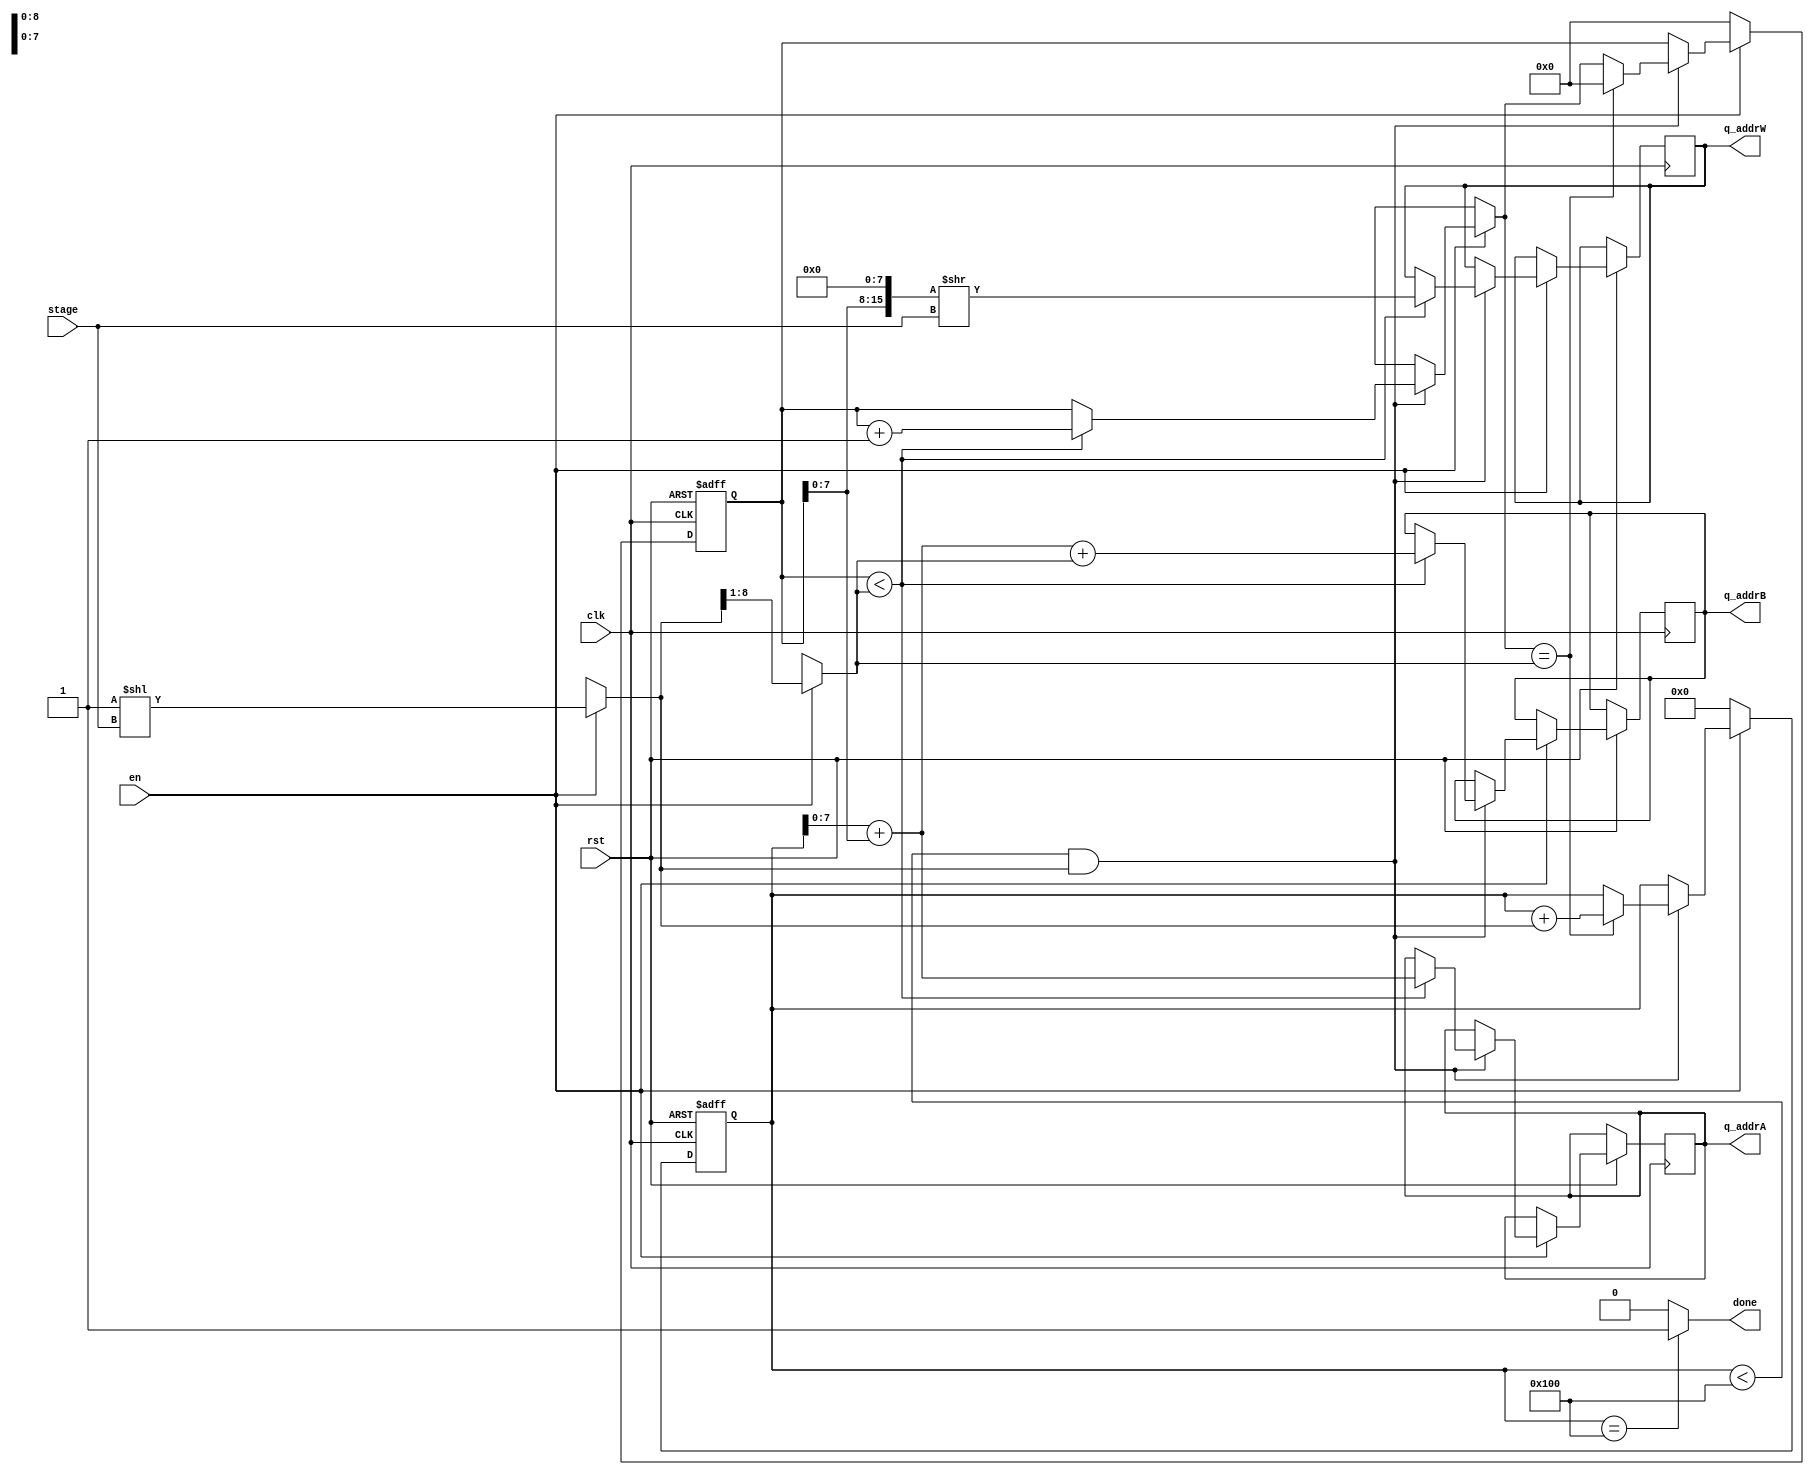
module gen_addr2(
	input clk,rst,en,
	input[3:0] stage,
	output done,
	output reg[7:0] q_addrA,q_addrB,q_addrW
);
	parameter N=9'd256;
	wire[8:0] BSep;
	wire[7:0] BWidth;
	reg[8:0] p;
	reg[15:0] j;
	
	always @(posedge clk or negedge rst)
	begin
		if (rst == 1'b0)
		begin
			p<=9'h0;
			j<=15'h0;
		end
		else
		begin	
			if(en == 1'b1)
			begin
				if(p<N && BSep)
				begin
					if(j<BWidth)
					begin
						q_addrA<=p+j;
						q_addrB<=p+j+BWidth;
						q_addrW<=((j<<8)>>stage);
						j=j+15'h1;
					end
					if(j==BWidth)
					begin
						j<=15'h0;
						p<=p+BSep;
					end
				end		
			end
			else
			begin
				p<=0;
				j<=15'h0;
			end

		end	
	end
	
	assign BSep = (en)? 9'd1 << stage:9'hx;
	assign BWidth = (en)? BSep >> 1:8'hx;
	assign done = (p==N)? 1:0;

endmodule